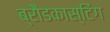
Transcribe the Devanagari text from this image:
ब्रौडकास्टिंग